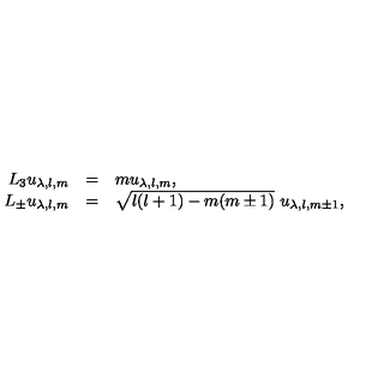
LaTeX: \begin{array} { r c l } { L _ { 3 } u _ { \lambda , l , m } } & { = } & { m u _ { \lambda , l , m } , \nonumber } \\ { L _ { \pm } u _ { \lambda , l , m } } & { = } & { \sqrt { l ( l + 1 ) - m ( m \pm 1 ) } \ u _ { \lambda , l , m \pm 1 } , } \\ \end{array}